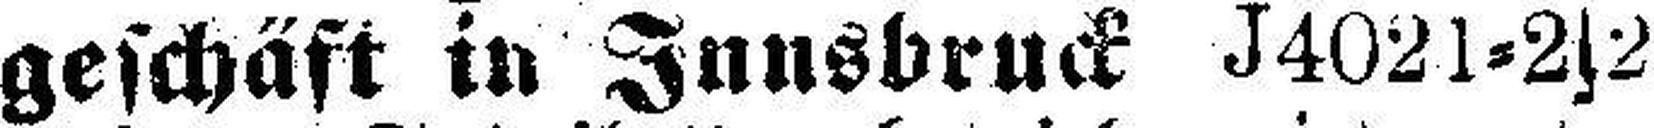
geschäft in Innsbruck J4021=2s2